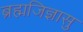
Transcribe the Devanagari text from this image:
ब्रह्मजिज्ञासु